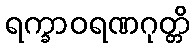
ရက္ခာဝရဏဂုတ္တိ